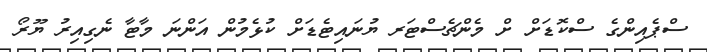
ސްޕެއިންގެ ސްކޮޑަށް ށް މެންޗެސްޓަރ ޔުނައިޓެޑަށް ކުޅެމުން އަންނަ މާޓާ ނެގިއިރު ޔޫރޯ